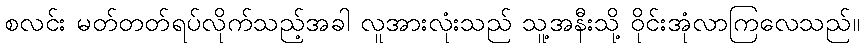
စလင်း မတ်တတ်ရပ်လိုက်သည့်အခါ လူအားလုံးသည် သူ့အနီးသို့ ဝိုင်းအုံလာကြလေသည်။